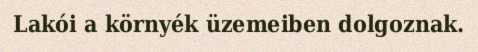
Lakói a környék üzemeiben dolgoznak.